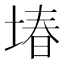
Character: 堾